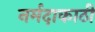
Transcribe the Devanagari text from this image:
नर्मदाकाठी